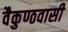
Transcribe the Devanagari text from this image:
वैकुण्ठवासी